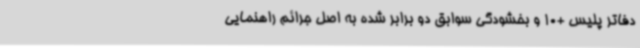
دفاتر پلیس +10 و بخشودگی سوابق دو برابر شده به اصل جرائم راهنمایی